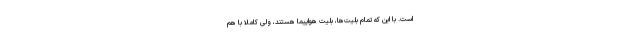
است. با این که تمام بلیت‌ها، بلیت هواپیما هستند، ولی کاملا با هم